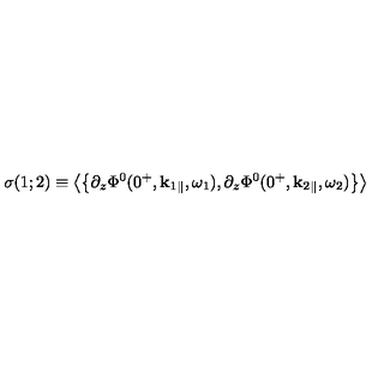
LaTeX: \sigma ( 1 ; 2 ) \equiv \left\langle \left\{ \partial _ { z } \Phi ^ { 0 } ( 0 ^ { + } , { \bf k } _ { 1 } { } _ { \| } , \omega _ { 1 } ) , \partial _ { z } \Phi ^ { 0 } ( 0 ^ { + } , { \bf k } _ { 2 } { } _ { \| } , \omega _ { 2 } ) \right\} \right\rangle